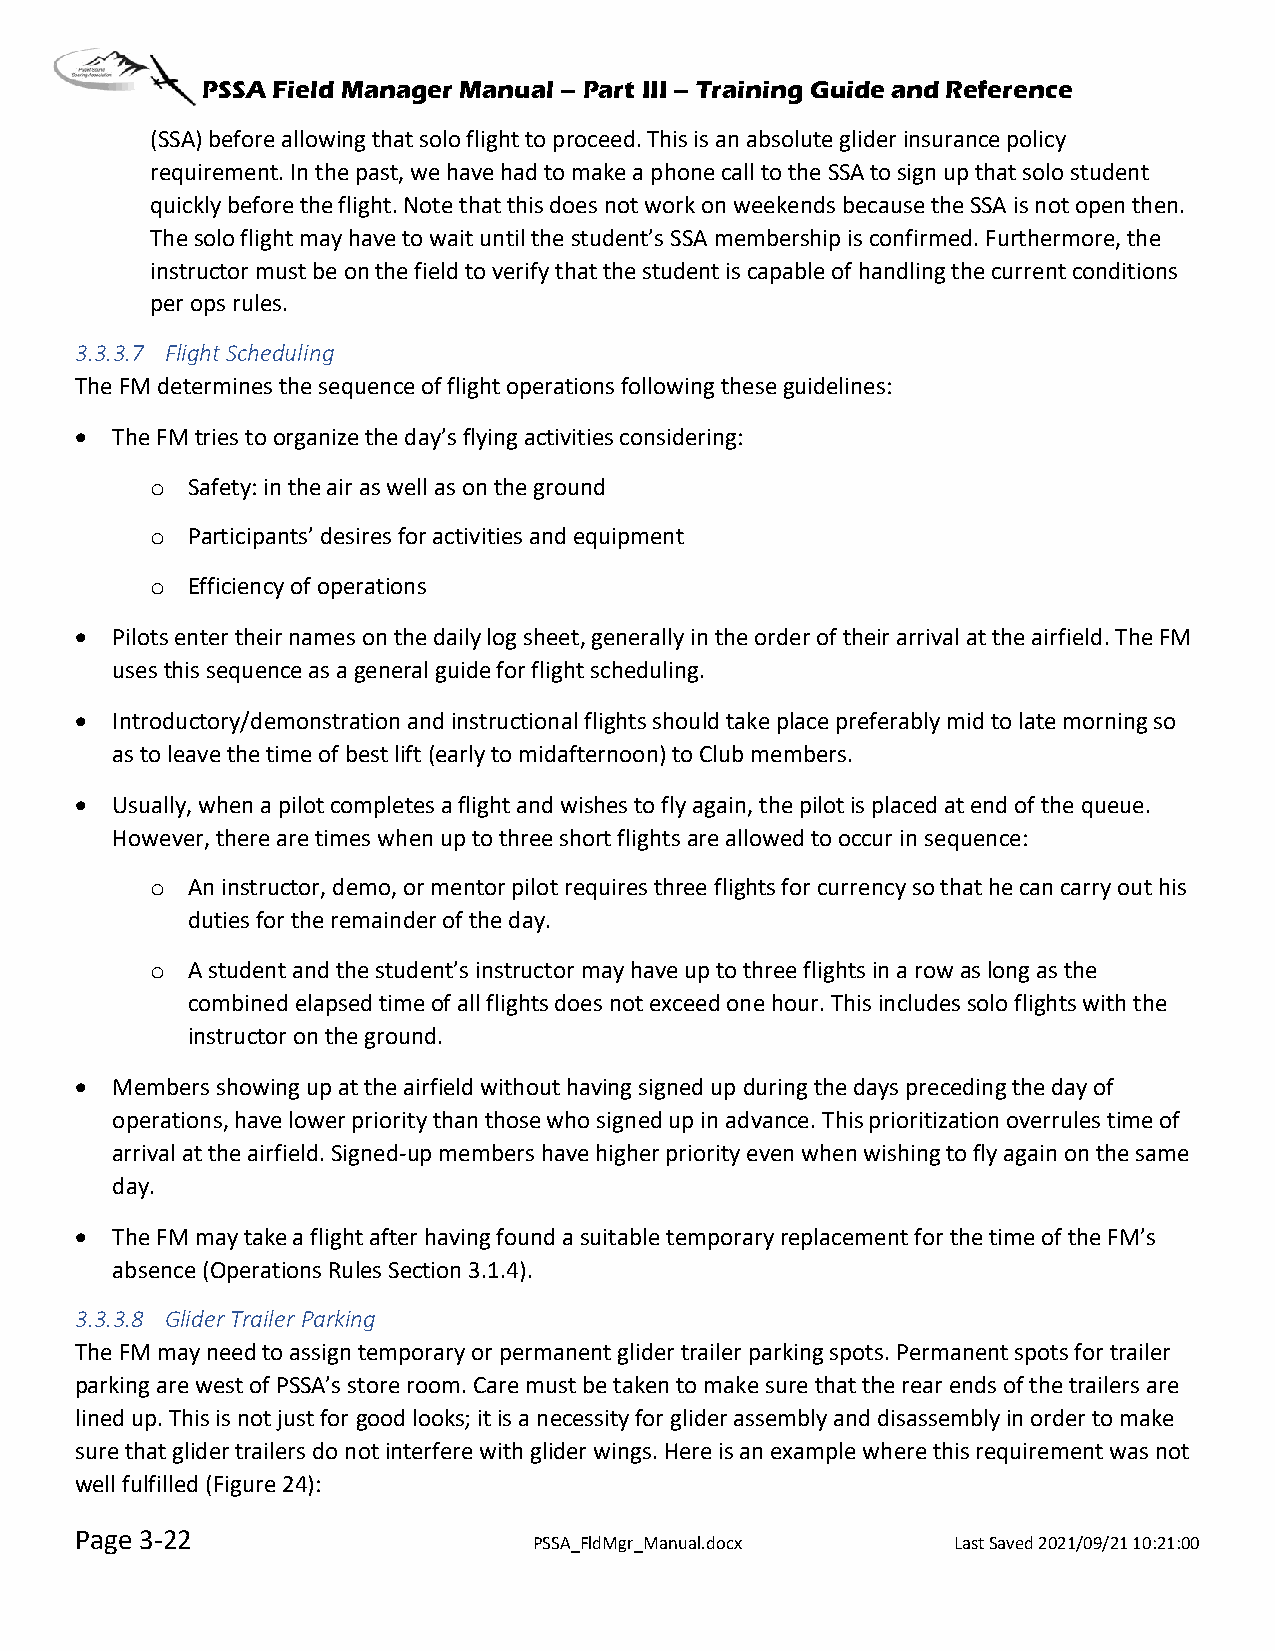
PSSA Field Manager Manual – Part III – Training Guide and Reference
 (SSA) before allowing that solo flight to proceed. This is an absolute glider insurance policy
 requirement. In the past, we have had to make a phone call to the SSA to sign up that solo student
 quickly before the flight. Note that this does not work on weekends because the SSA is not open then.
 The solo flight may have to wait until the student’s SSA membership is confirmed. Furthermore, the
 instructor must be on the field to verify that the student is capable of handling the current conditions
 per ops rules.
 3.3.3.7 Flight Scheduling
 The FM determines the sequence of flight operations following these guidelines:
 • The FM tries to organize the day’s flying activities considering:
 o Safety: in the air as well as on the ground
 o Participants’ desires for activities and equipment
 o Efficiency of operations
 • Pilots enter their names on the daily log sheet, generally in the order of their arrival at the airfield. The FM
 uses this sequence as a general guide for flight scheduling.
 • Introductory/demonstration and instructional flights should take place preferably mid to late morning so
 as to leave the time of best lift (early to midafternoon) to Club members.
 • Usually, when a pilot completes a flight and wishes to fly again, the pilot is placed at end of the queue.
 However, there are times when up to three short flights are allowed to occur in sequence:
 o An instructor, demo, or mentor pilot requires three flights for currency so that he can carry out his
 duties for the remainder of the day.
 o A student and the student’s instructor may have up to three flights in a row as long as the
 combined elapsed time of all flights does not exceed one hour. This includes solo flights with the
 instructor on the ground.
 • Members showing up at the airfield without having signed up during the days preceding the day of
 operations, have lower priority than those who signed up in advance. This prioritization overrules time of
 arrival at the airfield. Signed-up members have higher priority even when wishing to fly again on the same
 day.
 • The FM may take a flight after having found a suitable temporary replacement for the time of the FM’s
 absence (Operations Rules Section 3.1.4).
 3.3.3.8 Glider Trailer Parking
 The FM may need to assign temporary or permanent glider trailer parking spots. Permanent spots for trailer
 parking are west of PSSA’s store room. Care must be taken to make sure that the rear ends of the trailers are
 lined up. This is not just for good looks; it is a necessity for glider assembly and disassembly in order to make
 sure that glider trailers do not interfere with glider wings. Here is an example where this requirement was not
 well fulfilled (Figure 24):
 Page 3-22
 PSSA_FldMgr_Manual.docx     Last Saved 2021/09/21 10:21:00